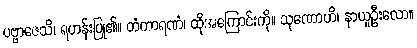
ပဗ္ဗာဇေသိ၊ ရဟန်းပြု၏။ တံကာရဏံ၊ ထိုအကြောင်းကို။ သုဏောဟိ၊ နာယူဦးလော။